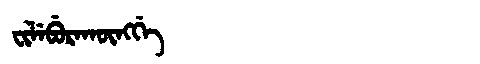
Manchu: ᠸᡳᠯᡝᠪᡠᡵᠠᡴᡡᠩᡤᡝ
Romanization: FILEBURAKŪNGGE